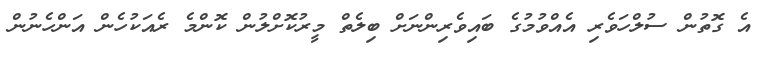
އެ ގޮތުން ސުލްހަވެރި އެއްވުމުގެ ބައިވެރިންނަށް ބިލެތް މީރުކޮށްލުން ކޮންމެ ރެއަކުހެން އަންހެނުން